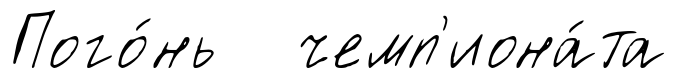
Пого́нь чемп'иона́та